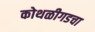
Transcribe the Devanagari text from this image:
कोथळीगडचा